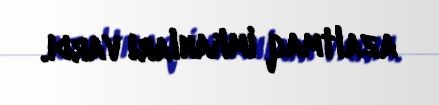
azaltmaq imkanları vardı.